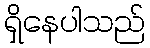
ရှိနေပါသည်